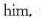
him.